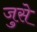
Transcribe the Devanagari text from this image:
जुसे